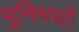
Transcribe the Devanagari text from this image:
भूमिमथो